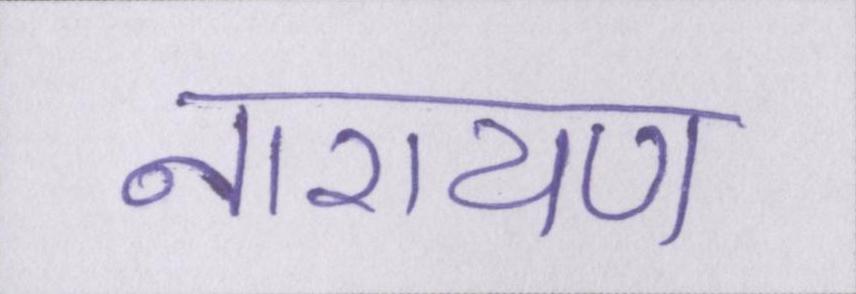
नारायण